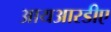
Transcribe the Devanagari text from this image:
आयआरडीए